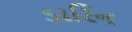
ડારિન